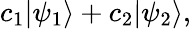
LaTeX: c_{1}|\psi_{1}\rangle+c_{2}|\psi_{2}\rangle,